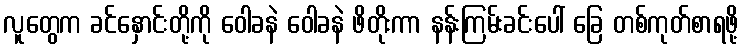
လူတွေက ခင်နှောင်းတို့ကို ဝေါခနဲ ဝေါခနဲ ဖိတိုးကာ နန်းကြမ်းခင်းပေါ် ခြေ တစ်ကုတ်စာရဖို့